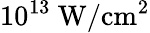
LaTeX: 10^{13}\ \mathrm{W/cm^{2}}